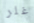
غلر